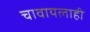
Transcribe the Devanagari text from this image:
चावायलाही